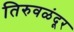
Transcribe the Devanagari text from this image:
तिरुवळंदूर